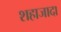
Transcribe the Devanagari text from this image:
शहाजादा